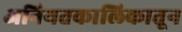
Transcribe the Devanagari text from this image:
अनियतकालिकातून